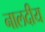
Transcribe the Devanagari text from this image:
नालदीय